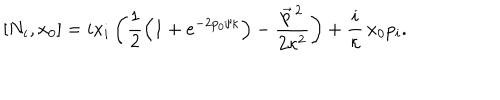
[ N _ { i } , x _ { 0 } ] = i x _ { i } \left( \frac 1 2 \left( 1 + e ^ { - 2 p _ { 0 } / \kappa } \right) - \frac { \vec { p } \, { } ^ { 2 } } { 2 \kappa ^ { 2 } } \right) + \frac { i } \kappa \, x _ { 0 } p _ { i } .